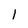
Character: 1